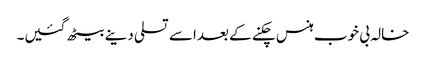
خالہ بی خوب ہنس چکنے کے بعداسے تسلی دینے بیٹھ گئیں۔